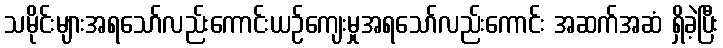
သမိုင်းများအရသော်လည်းကောင်းယဉ်ကျေးမှုအရသော်လည်းကောင်း အဆက်အဆံ ရှိခဲ့ပြီး